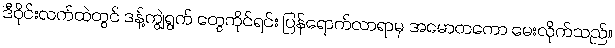
ဒီဝိုင်းလက်ထဲတွင် ဒန့်ကျွဲရွက် တွေကိုင်ရင်း ပြန်ရောက်လာရာမှ အမောတကော မေးလိုက်သည်။